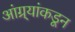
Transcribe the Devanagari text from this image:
आंग्र्‍यांकडून